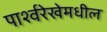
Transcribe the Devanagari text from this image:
पार्श्वरेखेमधील